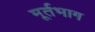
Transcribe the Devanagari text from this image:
मूर्तभाग